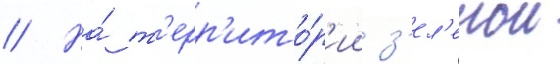
// На́ т'ерр'ито́р'ии з'ел'енои